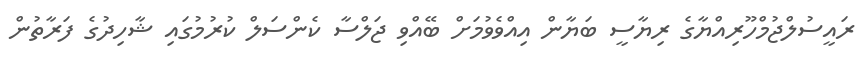
ރައީސުލްޖުމްހޫރިއްޔާގެ ރިޔާސީ ބަޔާން އިއްވެވުމަށް ބޭއްވި ޖަލްސާ ކެންސަލް ކުރުމުގައި ޝާހިދުގެ ފަރާތުން